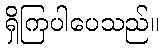
ရှိကြပါပေသည်။